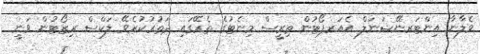
ވެލާނާ އިންޓަރނޭޝަނަލް އެއަރޕޯޓުން ތިރީސް މިނެޓުގެ ތެރޭގައި ދަތުރުކުރެވޭ ލަކްސް ރިޒޯޓުން ވަނީ